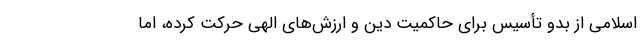
اسلامی از بدو تأسیس برای حاکمیت دین و ارزش‌های الهی حرکت کرده، اما